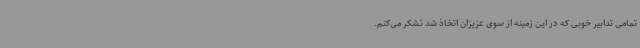
تمامی تدابیر خوبی که در این زمینه از سوی عزیزان اتخاذ شد تشکر می‌کنم.